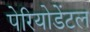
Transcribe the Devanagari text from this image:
पेरियोडेंटल